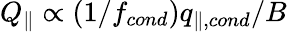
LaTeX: Q_{\parallel}\propto(1/f_{cond})q_{\parallel,cond}/B